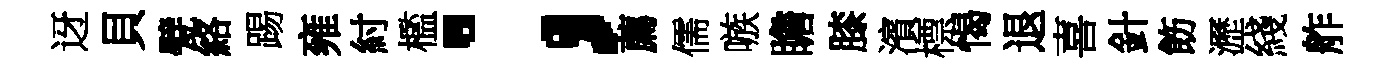
迓貝甓絡踢雍紂檻；薦儒嗾瞻膝濱標愒退喜針飭瀝綫舴